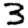
Digit: 3